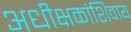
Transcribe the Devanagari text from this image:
अधीक्षकांशिवाय